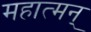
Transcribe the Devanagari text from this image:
महात्मन्‌